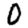
Digit: 0